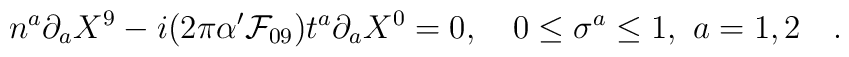
n^a \partial_a X^9 - i(2\pi\alpha^{\prime} {\cal{F}}_{09} ) t^a \partial_aX^0 = 0, \quad 0 \le \sigma^a \le 1, ~ a=1,2 \quad .